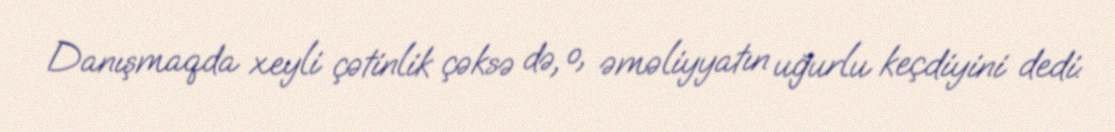
Danışmaqda xeyli çətinlik çəksə də, o, əməliyyatın uğurlu keçdiyini dedi: